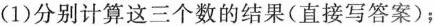
(1)分别计算这三个数的结果(直接写答案)；